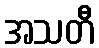
အသတီ